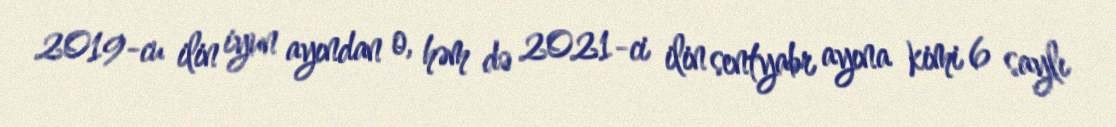
2019-cu ilin iyun ayından o, həm də 2021-ci ilin sentyabr ayına kimi 6 saylı